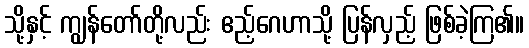
သို့နှင့် ကျွန်တော်တို့လည်း ဧည့်ဂေဟာသို့ ပြန်လှည့် ဖြစ်ခဲ့ကြ၏။